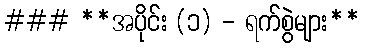
### **အပိုင်း (၁) - ရက်စွဲများ**